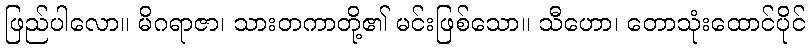
ဖြည်ပါလော။ မိဂရာဇာ၊ သားတကာတို့၏ မင်းဖြစ်သော။ သီဟော၊ တောသုံးထောင်ပိုင်